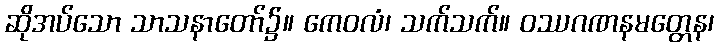
ဆိုအပ်သော သာသနာတော်၌။ ကေဝလံ၊ သက်သက်။ ဝဿဂဏနမတ္တေန၊